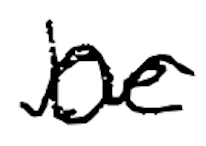
Text: be
Cross-out: mix
Writing tool: digital_black